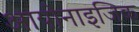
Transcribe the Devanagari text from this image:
आयोनाइजिक